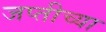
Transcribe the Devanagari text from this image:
जप्तीच्या